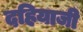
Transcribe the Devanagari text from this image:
दहियाजी